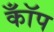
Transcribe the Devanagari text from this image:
कॉँप